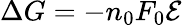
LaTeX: \Delta G=-n_{0}F_{0}{\mathcal{E}}